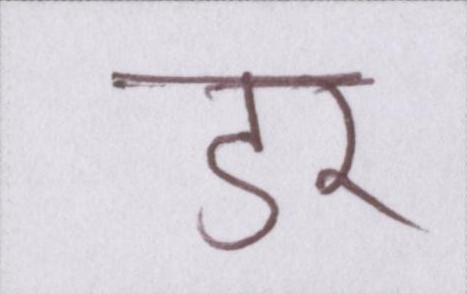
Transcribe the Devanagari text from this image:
डर